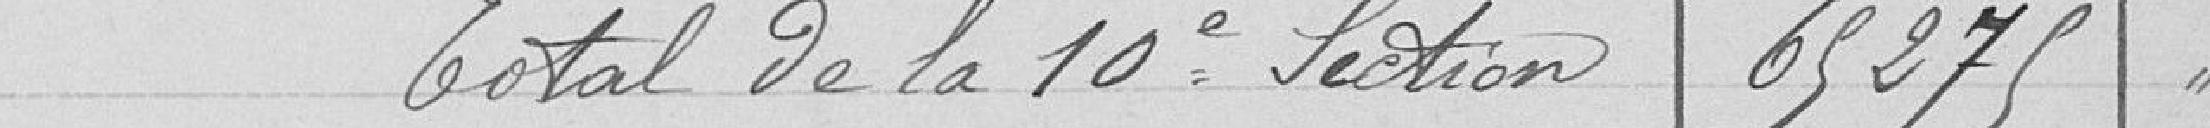
Total de la 10ème Section 65 275